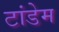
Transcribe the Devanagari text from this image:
टांडेम